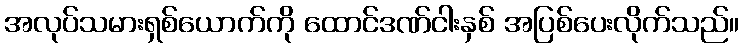
အလုပ်သမားရှစ်ယောက်ကို ထောင်ဒဏ်ငါးနှစ် အပြစ်ပေးလိုက်သည်။